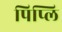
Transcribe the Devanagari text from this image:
पिप्लि